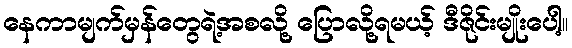
နေကာမျက်မှန်တွေရဲ့အစလို့ ပြောလို့ရမယ့် ဒီဇိုင်းမျိုးပေါ့။